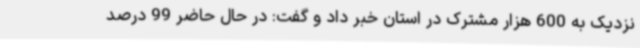
نزدیک به 600 هزار مشترک در استان خبر داد و گفت: در حال حاضر 99 درصد